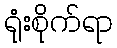
ရုံးစိုက်ရာ